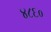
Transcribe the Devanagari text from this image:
४८६०